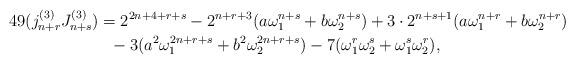
LaTeX: \begin{align*}49(j_{n+r}^{(3)}J_{n+s}^{(3)})&=2^{2n+4+r+s}-2^{n+r+3}(a\omega_{1}^{n+s}+b\omega_{2}^{n+s})+3\cdot 2^{n+s+1}(a\omega_{1}^{n+r}+b\omega_{2}^{n+r})\\&\ \ -3(a^{2}\omega_{1}^{2n+r+s}+b^{2}\omega_{2}^{2n+r+s})-7(\omega_{1}^{r}\omega_{2}^{s}+\omega_{1}^{s}\omega_{2}^{r}),\end{align*}